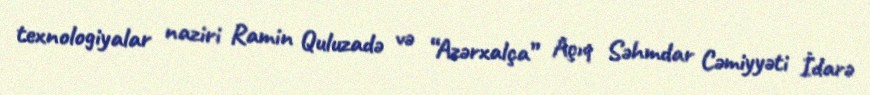
texnologiyalar naziri Ramin Quluzadə və “Azərxalça” Açıq Səhmdar Cəmiyyəti İdarə